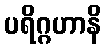
ပရိဂ္ဂဟာနိ